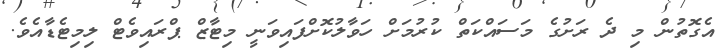
އެގޮތުން މި ދެ ރަށުގެ މަސައްކަތް ކުރުމަށް ހަވާލުކޮށްފައިވަނީ މިޓާޒް ޕްރައިވެޓް ލިމިޓެޑާއެވެ.